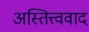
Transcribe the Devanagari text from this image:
अस्तित्त्ववाद